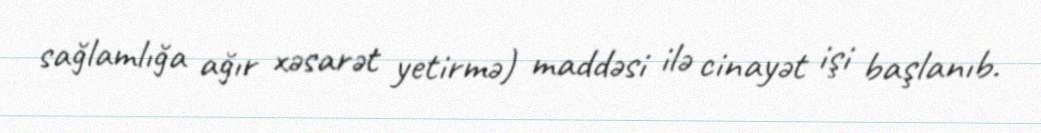
sağlamlığa ağır xəsarət yetirmə) maddəsi ilə cinayət işi başlanıb.